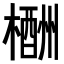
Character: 𣜙